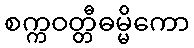
စက္ကဝတ္တီဓမ္မိကော